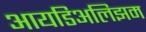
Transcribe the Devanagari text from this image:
आयडिअलिझम